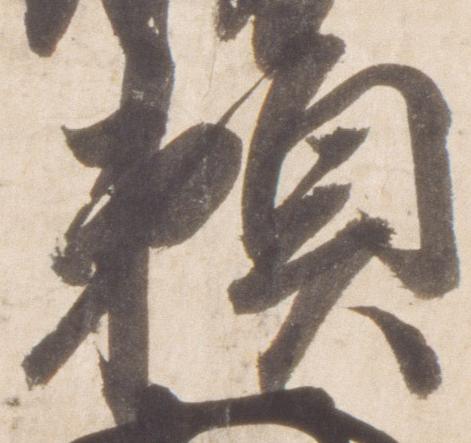
頼